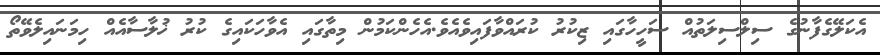
އެކަލޭގެފާނުގެ ސިލްސިލަތުއް ސަހީހާގައި ޒިކުރު ކުރައްވާފައިވެެއެވެ.އެހެންކަމުން މިތާގައި އެވާހަކައިގެ ކުރު ޚުލާސާއެއް ހިމަނައިލެވޭތޯ